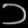
Digit: ၁